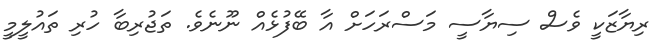
ރިޔާޒަކީ ވެސް ސިޔާސީ މަސްރަހަށް އާ ބޭފުޅެއް ނޫނެވެ. ތަޖުރިބާ ހުރި ތައުލީމީ